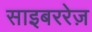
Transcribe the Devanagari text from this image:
साइबररेज़